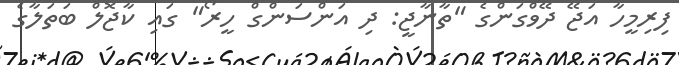
ފިރިމީހާ އަޖޭ ދޭވްގަންގެ "ތާނާޖީ: ދި އަންސަންގް ހީރޯ" ގައި ކާޖޮލް ބަތަލާގެ